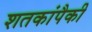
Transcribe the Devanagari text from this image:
शतकांपैकी